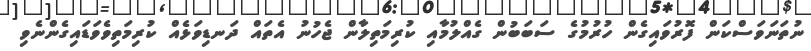
ނުތަނަވަސްކަން ފޮރުވައިގެން ހުރުމުގެ ސަބަބުން ގެއްލުމާއި ކުރިމަތިލާން ޖެހުނު އެތައް ދަނޑިވަޅެއް ކުރިމަތިވެވަޑައިގެންނެވި